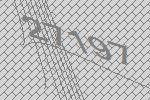
27197